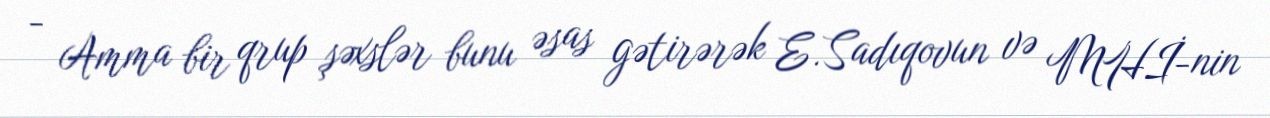
- Amma bir qrup şəxslər bunu əsas gətirərək E.Sadıqovun və MHİ-nin